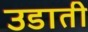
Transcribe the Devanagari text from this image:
उडाती